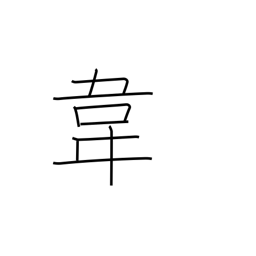
Meaning: tanned leather radical (no. 178)